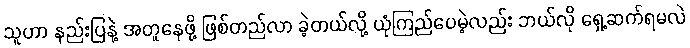
သူဟာ နည်းပြနဲ့ အတူနေဖို့ ဖြစ်တည်လာ ခဲ့တယ်လို့ ယုံကြည်ပေမဲ့လည်း ဘယ်လို ရှေ့ဆက်ရမလဲ